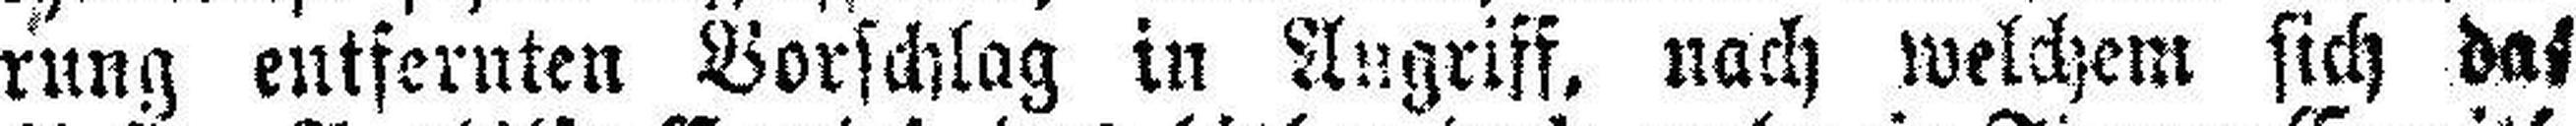
rung entfernten Vorschlag in Angriff, nach welchem sich das